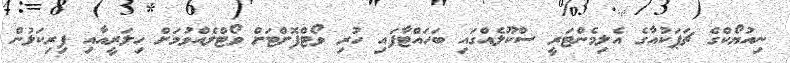
ނިއުޔޯކްގެ ޗަޕަކުއާގެ އެލިމެންޓަރީ ސްކޫލެއްގައި ބަހައްޓާފައި ހުރި ވޯޓްފޮށްޓަށް ވޯޓްލެއްވުމަށް ހިލަރީއާއި ފިރިކަލުން